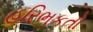
હરિભકતો